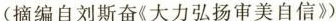
(摘编自刘斯奋《大力弘扬审美自信》)